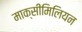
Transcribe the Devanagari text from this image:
माक्सीमिलियन